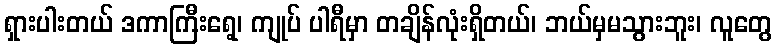
ရှားပါးတယ် ဒကာကြီးရေ့၊ ကျုပ် ပါရီမှာ တချိန်လုံးရှိတယ်၊ ဘယ်မှမသွားဘူး၊ လူတွေ